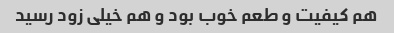
هم کیفیت و طعم خوب بود و هم خیلی زود رسید